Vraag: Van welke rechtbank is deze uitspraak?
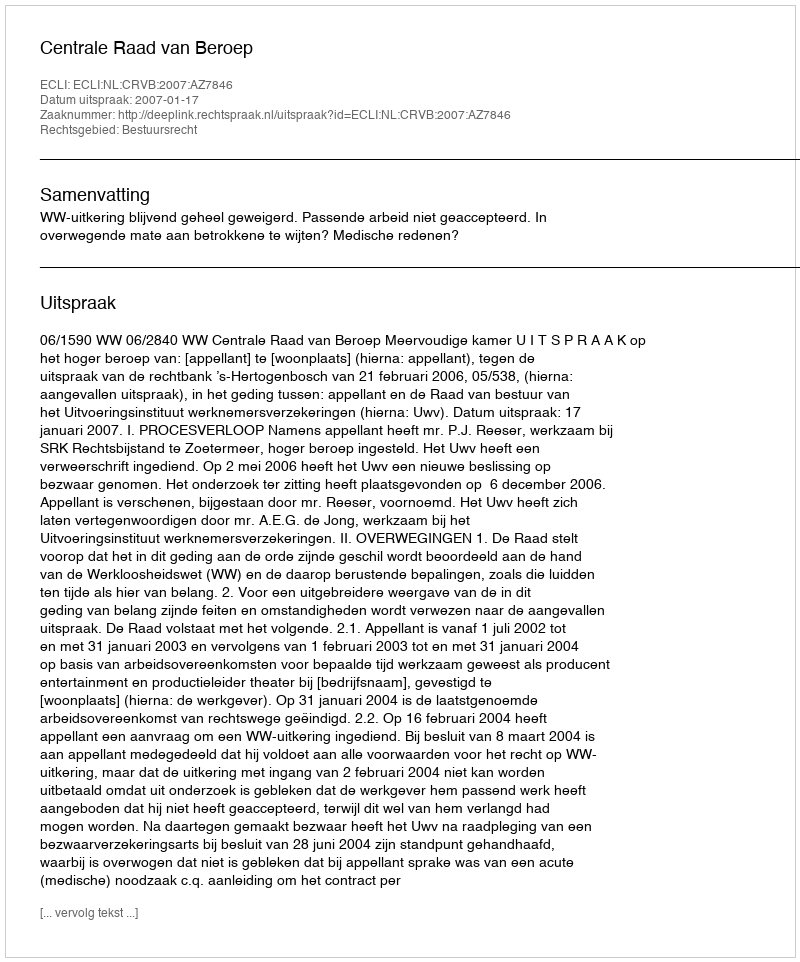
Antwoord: Centrale Raad van Beroep